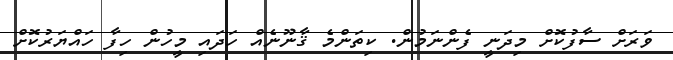
ވަރަށް ސާފުކޮށް މިދަނީ ފެންނަމުން. ކިތަންމެ ޤާނޫނެއް ހަދައި މީހުން ހިފާ ހައްޔަރުކޮށް